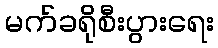
မက်ခရိုစီးပွားရေး